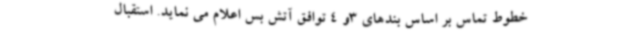
خطوط تماس بر اساس بندهای 3و 4 توافق آتش بس اعلام می نماید. استقبال